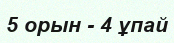
5 орын - 4 ұпай